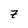
Character: 7